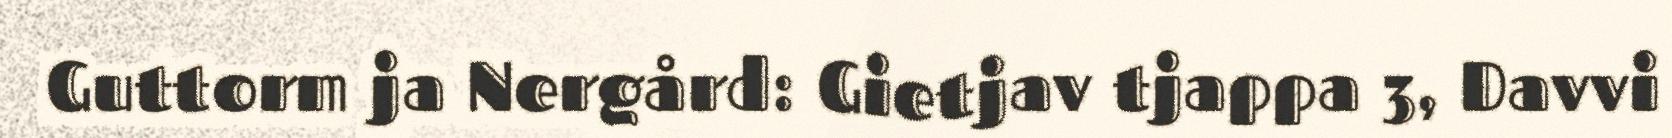
Guttorm ja Nergård: Gietjav tjappa 3, Davvi